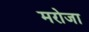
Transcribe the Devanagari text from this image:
मरोजा